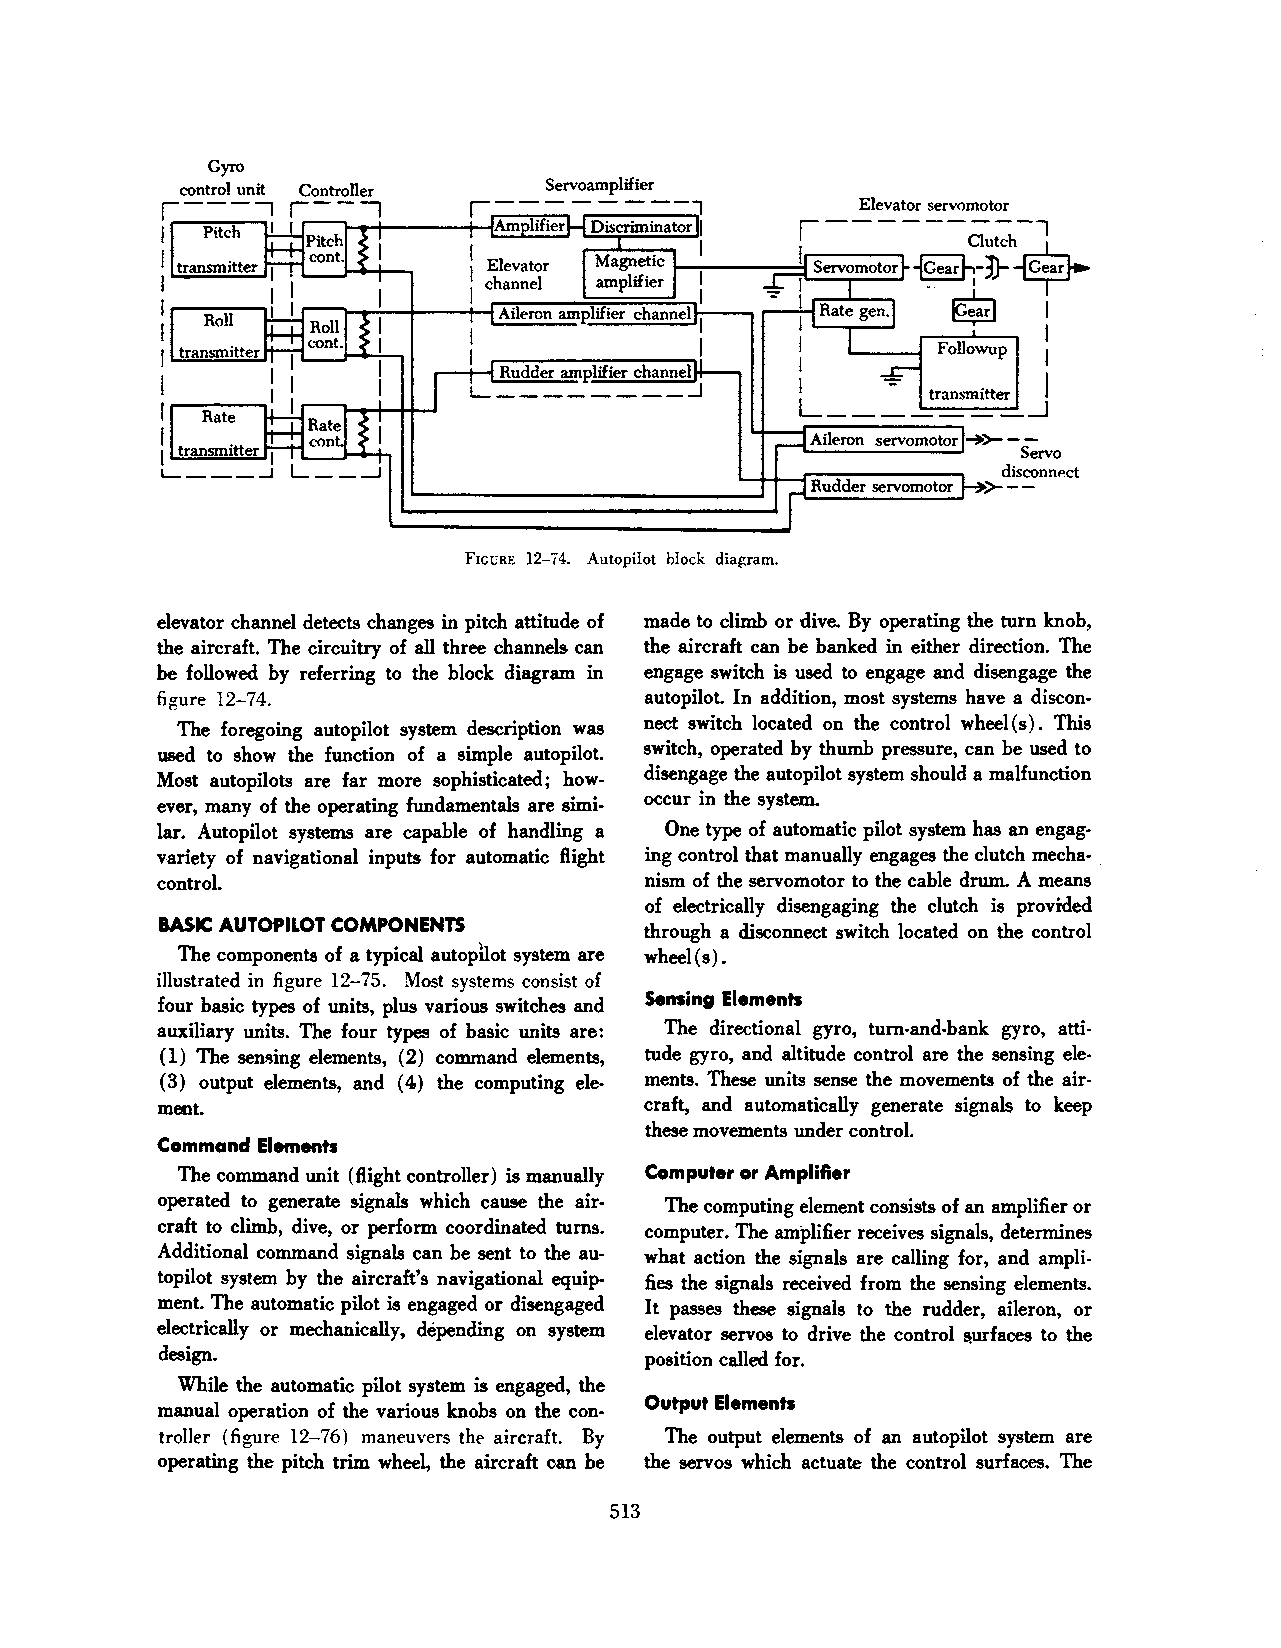
Gyro
 Aileron servomotor -+>---
 Servo
 disconnP.ct
 Rudder servomotor 1>---
 FrcuRE 12-i4. Autopilot block diagram.
 elevator channel detects changes in pitch attitude of made to climb or dive. By operating the tum knob,
 the aircraft. The circuitry of all three channels can the aircraft can be banked in either direction. The
 be followed by referring to the block diagram in engage switch is used to engage and disengage the
 figure 12-74.                    autopilot. In addition, most systems have a discon
 The foregoing autopilot system description was nect switch located on the control wheel(s). This
 used to show the function of a simple autopilot. switch, operated by thumb pressure, can be used to
 disengage the autopilot system should a malfunction
 Most autopilots are far more sophisticated; how
 occur in the system.
 ever, many of the operating fundamentals are simi
 lar. Autopilot systems are capable of handling a One type of automatic pilot system has an engag
 variety of navigational inputs for automatic flight ing control that manually engages the clutch mecha- .·
 controL                          nism of the servomotor to the cable drum. A means
 of electrically disengaging the clutch is provided
 BASIC AUTOPILOT COMPONENTS
 through a disconnect switch located on the control
 The components of a typical autopilot system are wheel(s).
 illustrated in figure 12-75. Most systt>ms consist of
 Sensing Elements
 four basic types of units, plus various switches and
 auxiliary units. The four types of basic units are: The directional gyro, tum-and-bank gyro, atti
 ( 1) The seMing elements, ( 2) command elements, tude gyro, and altitude control are the sensing ele
 (3) output elements, and (4) the computing ele ments. These units sense the movements of the air
 ment.                            craft, and automatically generate signals to keep
 these movements under control.
 Command Elements
 The command unit (flight controller) is manually Computer or Amplifier
 operated to generate signals which cause the air The computing element consists of an amplifier or
 craft to climb, dive, or perform coordinated turns. computer. The amplifier receives signals, determines
 Additional command signals can be sent to the au what action the signals are calling for, and ampli
 topilot system by the aircraft's navigational equip fies the signals received from the sensing elements.
 ment. The automatic pilot is engaged or disengaged It passes these signals to the rudder, aileron, or
 electrically or mechanically, depending on system elevator servos to drive the control ~urfaces to the
 design.                          position called for.
 While the automatic pilot system is engaged, the
 Output Elements
 manual operation of the various knobs on the con
 trollt>r (figure 12-76) mant>uvers tht> aircraft. By The output elements of an autopilot system are
 operating the pitch trim wheel, the aircraft can be the servos which actuate the control surfaces. The
 513